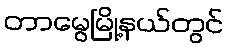
တာမွေမြို့နယ်တွင်